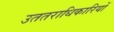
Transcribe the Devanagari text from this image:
उततराधिकारियों